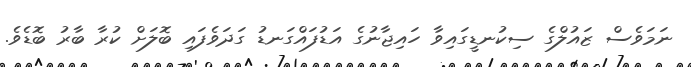
ނަމަވެސް ޒައުލްގެ ސިކުނޑީގައިވާ ހައިޖާނުގެ އަޑުފައްގަނޑު ގަދަވެފައި ބޮލަށް ކުރާ ބާރު ބޮޑެވެ.